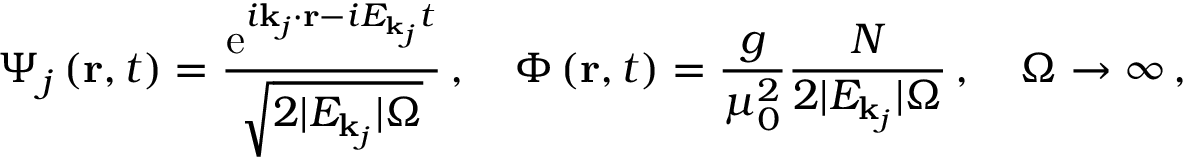
\Psi _ { j } \left( { \bf r } , t \right) = \frac { \mathrm { e } ^ { i { \bf k } _ { j } \cdot { \bf r } - i E _ { { \bf k } _ { j } } t } } { \sqrt { 2 \vert E _ { { \bf k } _ { j } } \vert \Omega } } \, , \quad \Phi \left( { \bf r } , t \right) = \frac { g } { \mu _ { 0 } ^ { 2 } } \frac { N } { 2 \vert E _ { { \bf k } _ { j } } \vert \Omega } \, , \quad \Omega \rightarrow \infty \, ,